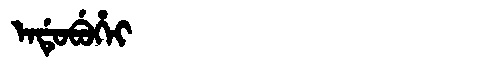
Manchu: ᡝᠨᡩᡠᠪᡠᡥᡝᡳ
Romanization: ENDUBUHEI